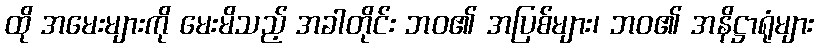
ထို အမေးများကို မေးမိသည့် အခါတိုင်း ဘဝ၏ အပြစ်များ၊ ဘဝ၏ အနိဋ္ဌာရုံများ